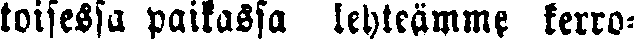
toisessa paikassa lehteämme kerro-